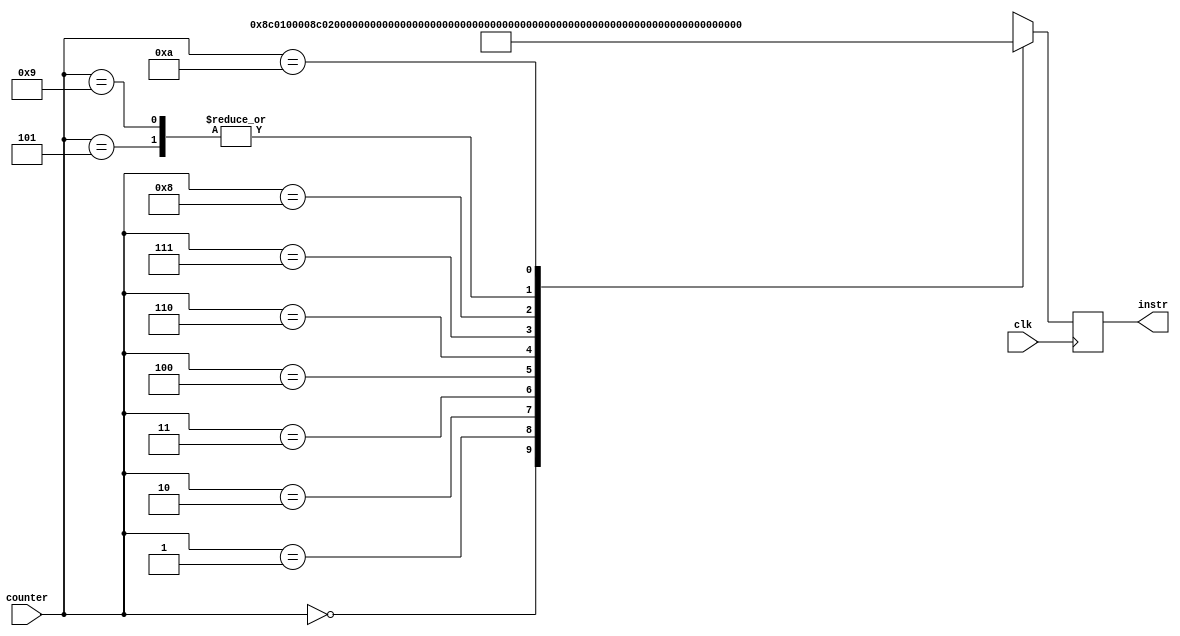
module insmem(clk, counter, instr);

    input clk;
    input [3:0] counter;

    output reg [31:0] instr;

    reg [31:0] insmemory [0:10];

    always @(negedge clk) begin
        instr = insmemory[counter];
    end

    initial begin
        insmemory[0] = 32'b10001100000000010000000000000000;
        insmemory[1] = 32'b10001100000000100000000000000001;
        insmemory[2] = 32'b10001100000000110000000000000010;
        insmemory[3] = 32'b00100100000001000000000000000000;
        insmemory[4] = 32'b00100100001001010000000000000000;
        insmemory[5] = 32'b00000000101000100011000000101010;
        insmemory[6] = 32'b00010000110000000000000000000101;
        insmemory[7] = 32'b00000000100001010010000000100001;
        insmemory[8] = 32'b00000000101000110010100000100001;
        insmemory[9] = 32'b00000000101000100011000000101010;
        insmemory[10] = 32'b00010100110000001111111111111101;
        instr <= insmemory[0];
    end

endmodule